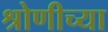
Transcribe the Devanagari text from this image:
श्रोणीच्या